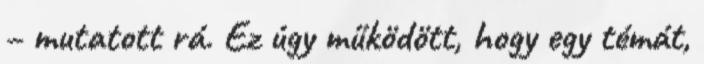
– mutatott rá. Ez úgy működött, hogy egy témát,